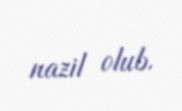
nazil olub.